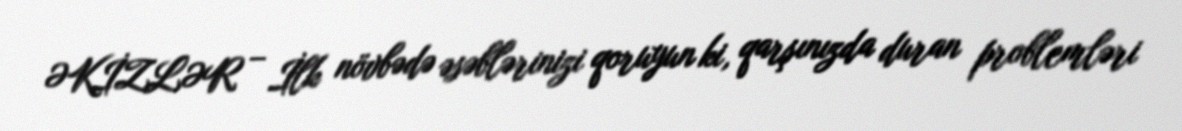
ƏKİZLƏR – İlk növbədə əsəblərinizi qoruyun ki, qarşınızda duran problemləri